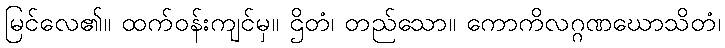
မြင်လေ၏။ ထက်ဝန်းကျင်မှ။ ဌိတံ၊ တည်သော။ ကောကိလဂ္ဂဏဃောသိတံ၊